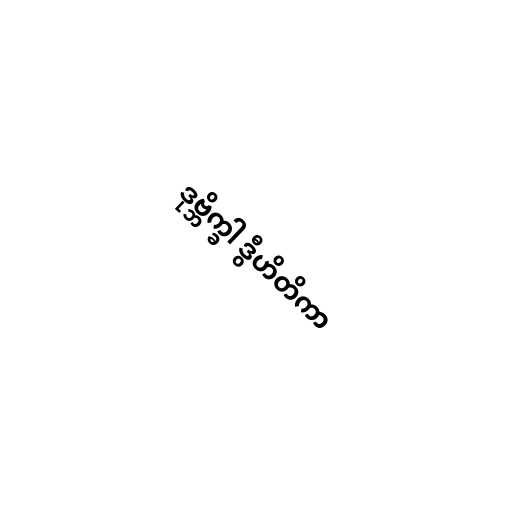
ဒုဗ္ဘိက္ခါ ဒွီဟိတိကာ